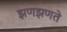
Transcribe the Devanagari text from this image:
झणझणते